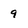
Character: 9